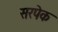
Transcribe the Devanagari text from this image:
सरपेक